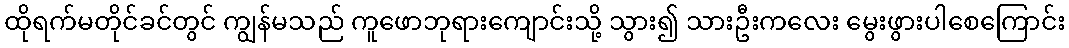
ထိုရက်မတိုင်ခင်တွင် ကျွန်မသည် ကူဖောဘုရားကျောင်းသို့ သွား၍ သားဦးကလေး မွေးဖွားပါစေကြောင်း